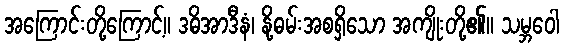
အကြောင်းတို့ကြောင့်။ ဒဓိအာဒီနံ၊ နို့ဓမ်းအစရှိသော အကျိုးတို့၏။ သမ္ဘဝေါ